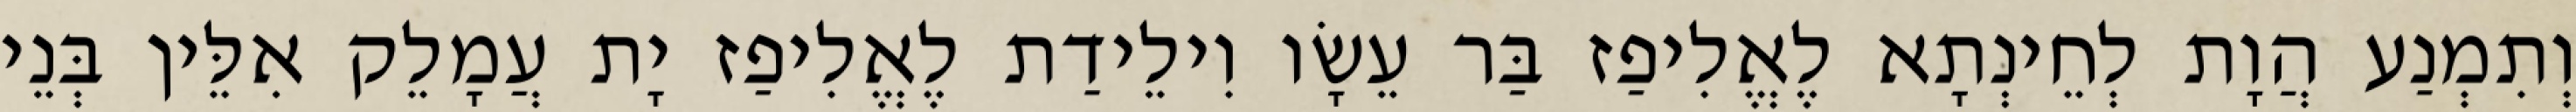
וְתִמְנַע הֲוָת לְחֵינְתָא לֶאֱלִיפַז בַּר עֵשָׂו וִילֵידַת לֶאֱלִיפַז יָת עֲמָלֵק אִלֵּין בְּנֵי